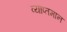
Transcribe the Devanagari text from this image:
व्याप्तमान